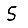
Digit: 5